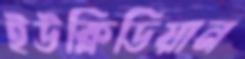
ইউক্লিডিয়ান